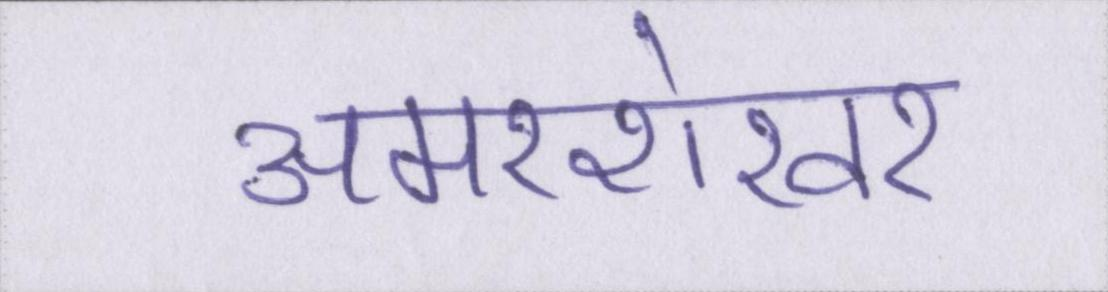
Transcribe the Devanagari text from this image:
अमरशेखर